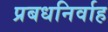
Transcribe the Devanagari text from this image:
प्रबधनिर्वाह